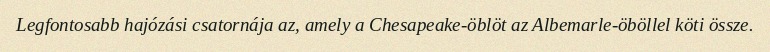
Legfontosabb hajózási csatornája az, amely a Chesapeake-öblöt az Albemarle-öböllel köti össze.